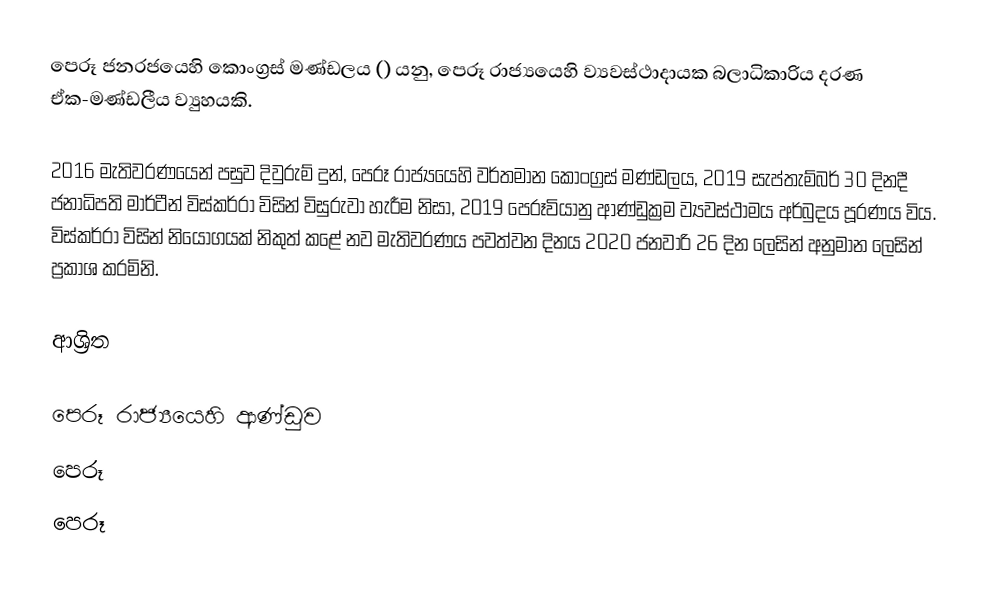
පෙරූ ජනරජයෙහි කොංග්‍රස් මණ්ඩලය () යනු,  පෙරූ රාජ්‍යයෙහි ව්‍යවස්ථාදායක බලාධිකාරිය දරණ ඒක-මණ්ඩලීය ව්‍යුහයකි.

2016 මැතිවරණයෙන් පසුව දිවුරුම් දුන්, පෙරූ රාජ්‍යයෙහි වර්තමාන කොංග්‍රස් මණ්ඩලය, 2019 සැප්තැම්බර් 30 දිනදී ජනාධිපති මාර්ටීන් විස්කර්රා විසින් විසුරුවා හැරීම නිසා, 2019 පෙරූවියානු ආණ්ඩුක්‍රම ව්‍යවස්ථාමය අර්බුදය පූරණය විය. විස්කර්රා විසින් නියෝගයක් නිකුත් කළේ  නව මැතිවරණය පවත්වන දිනය 2020 ජනවාරි 26 දින ලෙසින් අනුමාන ලෙසින් ප්‍රකාශ කරමිනි.

ආශ්‍රිත

පෙරූ රාජ්‍යයෙහි ආණ්ඩුව
පෙරූ
පෙරූ